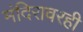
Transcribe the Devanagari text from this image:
मंदिरावरही